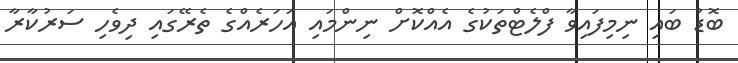
ބޮޑު ބައި ނިމިފައިވާ ފްލެޓްތަކުގެ އެއްކޮށް ނިންމައި އަހަރެއްގެ ތެރޭގައި ދިވެހި ސަރުކާރާ